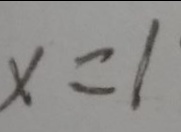
x = 1